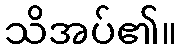
သိအပ်၏။